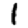
Digit: 1